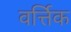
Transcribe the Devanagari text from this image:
वर्त्तिक